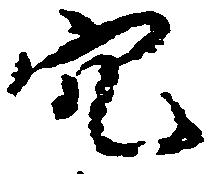
穴